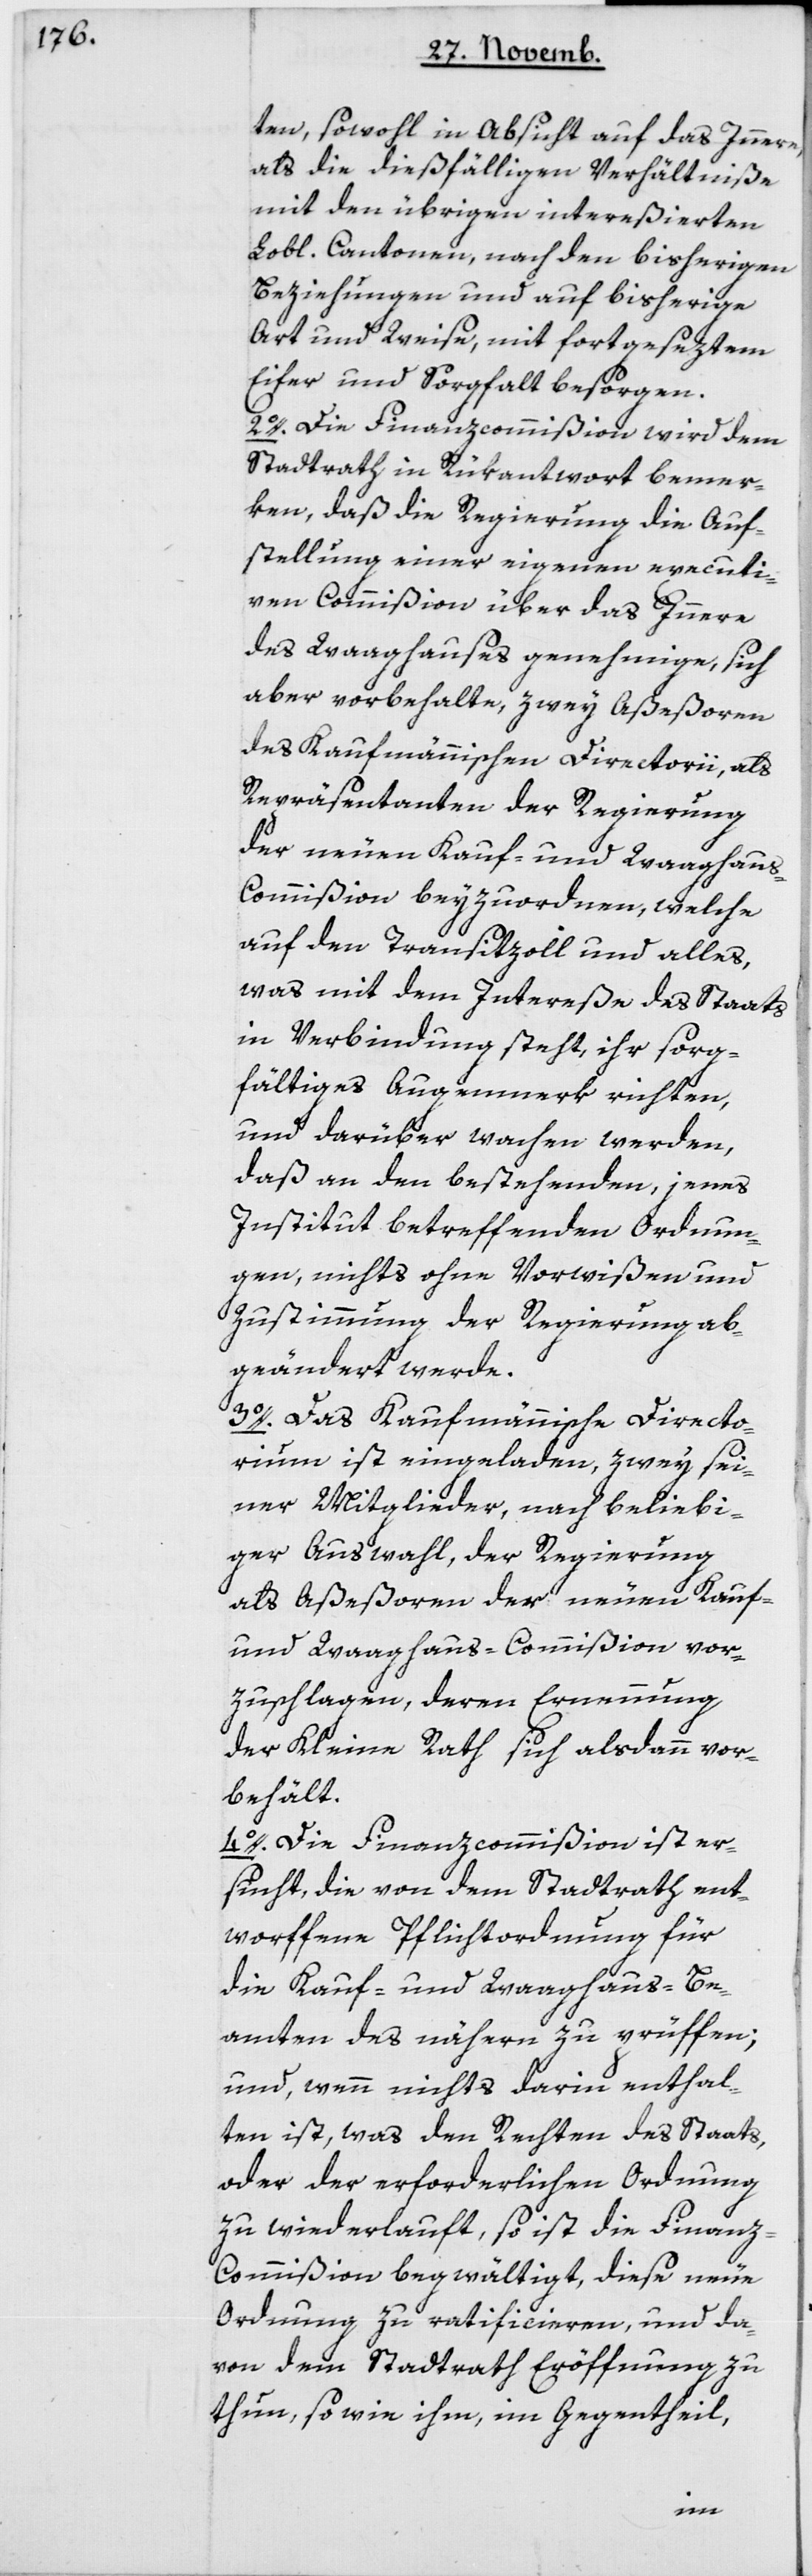
ten, sowohl in Absicht auf das Innere,
als die dießfälligen Verhältniße
mit den übrigen intereßierten
Lobl. Cantonen, nach den bisherigen
Beziehungen und auf bisherige
Art und Weise, mit fortgeseztem
Eifer und Sorgfalt besorgen.
2o. Die Finanzcommißionwird dem
Stadtrath in Rükantwort bemer¬
ken, daß die Regierung die Auf¬
stellung einer eigenen executi¬
ven Commißion über das Innere
des Waaghauses genehmige, sich
aber vorbehalte, zwey Aßeßoren
des Kaufmännischen Directorii, als
Repräsentanten der Regierung
der neuen Kauf- und Waaghau¬
s-Commißion beizuordnen, welche
auf den Transitzoll und alles,
was mit dem Intereße des Staats
in Verbindung steht, ihr sorg¬
fältiges Augenmerk richten,
und darüber wachen werden,
daß an den bestehenden, jenes
Institut betreffenden Ordnun¬
gen, nichts ohne Vorwißen und
Zustimmung der Regierung ab¬
geändert werde.
3o. Das Kaufmännische Directo¬
rium ist eingeladen, zwey sei¬
ner Mitglieder, nach beliebi¬
ger Auswahl, der Regierung
als Aßeßoren der neuen Kauf-
und Waaghaus-Commißion vor¬
zuschlagen, deren Ernennung
der Kleine Rath sich alsdann vor¬
behält.
4o. Die Finanzcommißionist er¬
sucht, die von dem Stadtrath ent¬
worfene Pflichtordnung für
die Kauf- und Waaghaus-Be¬
amten des nähern zu prüffen;
und wenn nichts darin enthal¬
ten ist, was den Rechten des Staats
oder der erforderlichen Ordnung
zu widerlauft, so ist die Finanz¬
commißion begwältigt, diese neue
Ordnung zu ratificieren, und da¬
von dem Stadtrath Eröffnung zu
thun, so wie ihm, im Gegentheil,